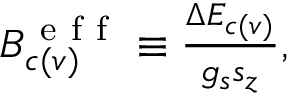
\begin{array} { r } { B _ { c ( v ) } ^ { \mathrm { ~ e ~ f ~ f ~ } } \equiv \frac { \Delta E _ { c ( v ) } } { g _ { s } s _ { z } } , } \end{array}